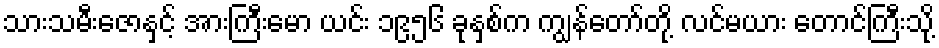
သားသမီးဇောနှင့် အားကြီးမော ယင်း ၁၉၅၆ ခုနှစ်က ကျွန်တော်တို့ လင်မယား တောင်ကြီးသို့